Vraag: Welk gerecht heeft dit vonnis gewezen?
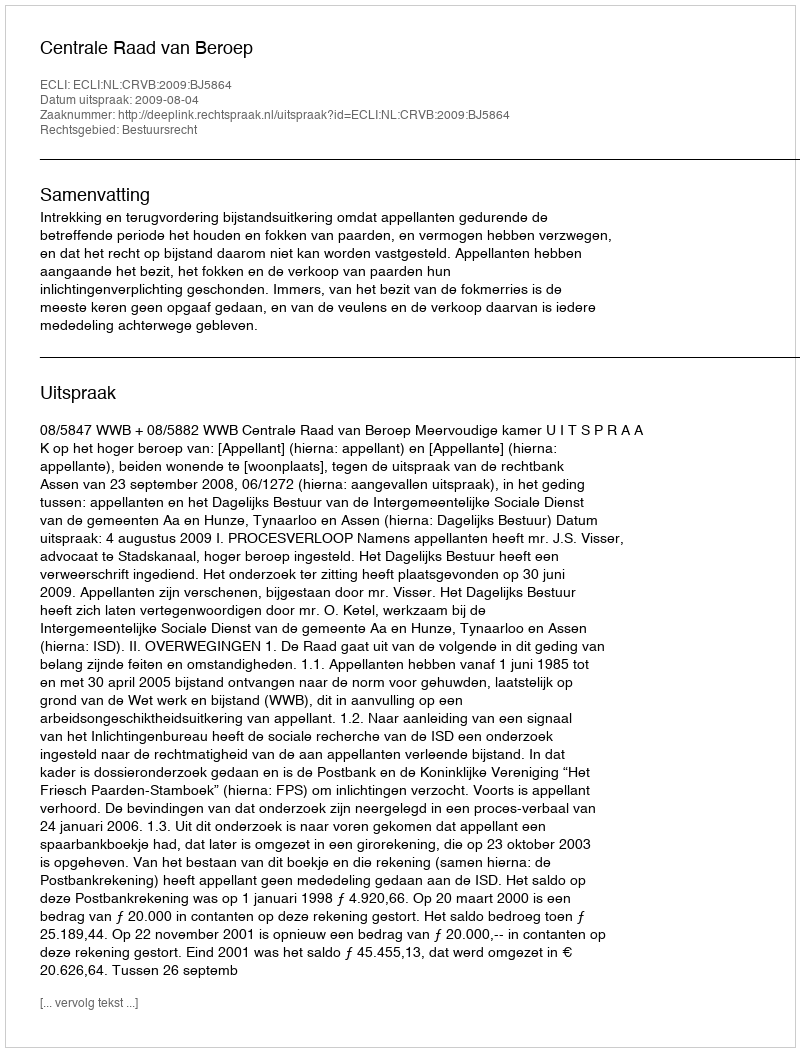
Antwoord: Centrale Raad van Beroep